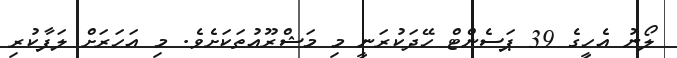
ލޯނު އެހީގެ 39 ޕަސެންޓް ހޭދަކުރަނީ މި މަޝްރޫއުތަކަށެވެ. މި އަހަރަށް ލަފާކުރި